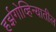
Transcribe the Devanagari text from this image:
हर्झगोव्हिन्यातील